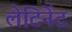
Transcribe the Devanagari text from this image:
लेटिनेंट